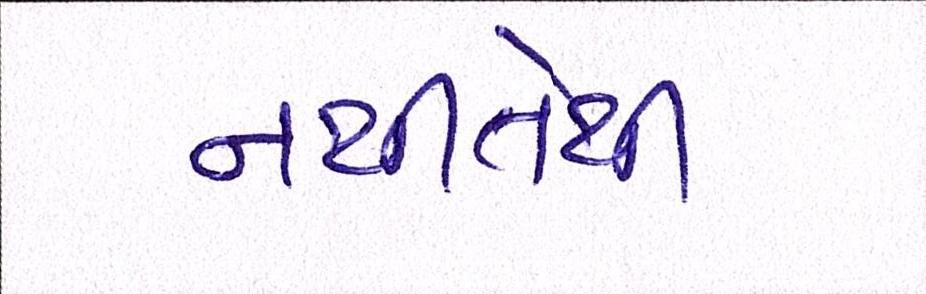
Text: નથીતેથી